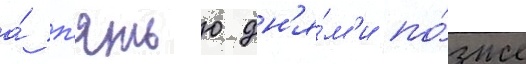
а́ п'ятью дн'я́м'и по́зже